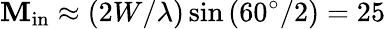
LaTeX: \mathbf{M}_{\mathrm{{in}}}\approx(2W/\lambda)\sin{(60^{\circ}/2)}=25